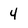
Character: 4